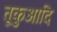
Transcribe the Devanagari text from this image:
तूकुआदि